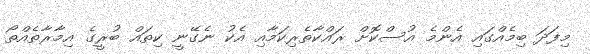
މިފަދަ ބިމެއްގައި އެންމެ އުސްކޮށް ރައްކާތެރިކަމާއި އެކު ނެގޭނީ ކިތައް ބުރީގެ އިމާރާތެއްތޯ